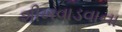
શીખવાડવાના